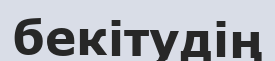
бекітудің